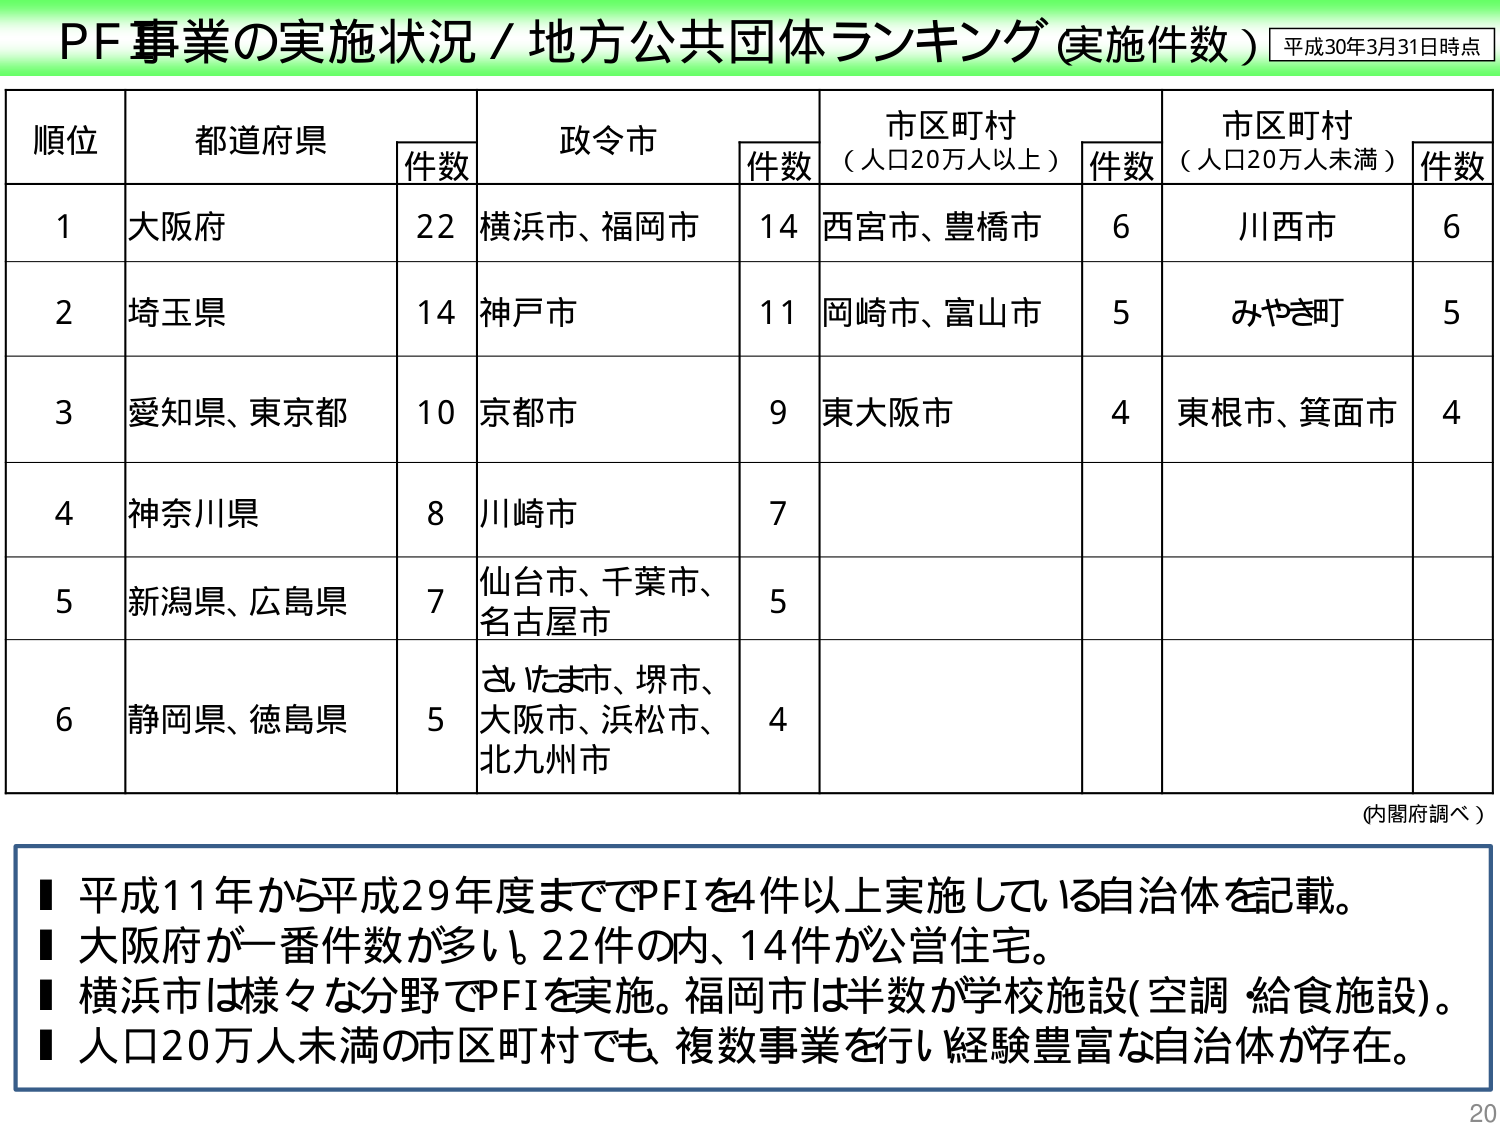
PF事業の実施状況／地方公共団体ランキング（実施件数） 平成30年3月31日時点

順位 都道府県 件数 政令市 件数 市区町村（人口20万人以上） 件数 市区町村（人口20万人未満） 件数
1 大阪府 22 横浜市、福岡市 14 西宮市、豊橋市 6 川西市 6
2 埼玉県 14 神戸市 11 岡崎市、富山市 5 みやき町 5
3 愛知県、東京都 10 京都市 9 東大阪市 4 東根市、箕面市 4
4 神奈川県 8 川崎市 7
5 新潟県、広島県 7 仙台市、千葉市、名古屋市 5
6 静岡県、徳島県 5 さいたま市、堺市、大阪市、浜松市、北九州市 4

（内閣府調べ）

■ 平成11年から平成29年度まででPFIを4件以上実施している自治体を記載。
■ 大阪府が一番件数が多い。22件の内、14件が公営住宅。
■ 横浜市は様々な分野でPFIを実施。福岡市は半数が学校施設（空調 給食施設）。
■ 人口20万人未満の市区町村でも、複数事業を行い経験豊富な自治体が存在。

20